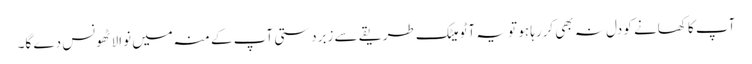
آپ کا کھانے کو دل نہ بھی کررہا ہو تو یہ آٹو میٹک طریقے سے زبردستی آپ کے منہ میں نوالا ٹھونس دے گا۔